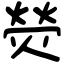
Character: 熒